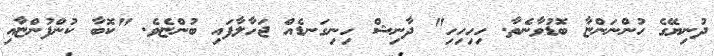
ދުނިޔޭގެ ހުންނަންޏާ ބޮޑުވާނެތާ. ހިހިހިހި" ދާނިޝް ހިނިގަނޑެއް ޖަހާލާފައި ބުންޏެވެ. "ކޮބާ ކުންފުންޏާއި